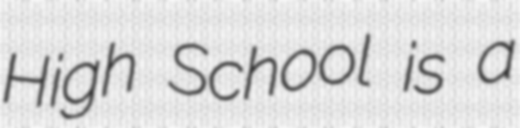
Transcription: High School is a